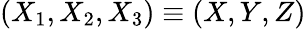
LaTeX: (X_{1},X_{2},X_{3})\equiv(X,Y,Z)